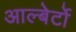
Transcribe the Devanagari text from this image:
आल्बेर्टो